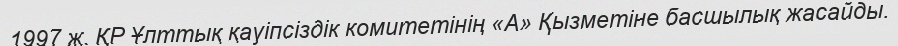
1997 ж. ҚР Ұлттық қауіпсіздік комитетінің «А» Қызметіне басшылық жасайды.